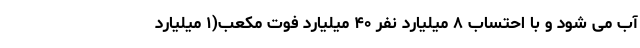
آب می شود و با احتساب ۸ میلیارد نفر ۴۰ میلیارد فوت مکعب(۱ میلیارد